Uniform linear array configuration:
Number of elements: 12
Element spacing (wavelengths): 0.75
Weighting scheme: binomial
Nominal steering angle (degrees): -30
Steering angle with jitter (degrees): -30.523
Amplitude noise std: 0.05
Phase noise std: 0.05

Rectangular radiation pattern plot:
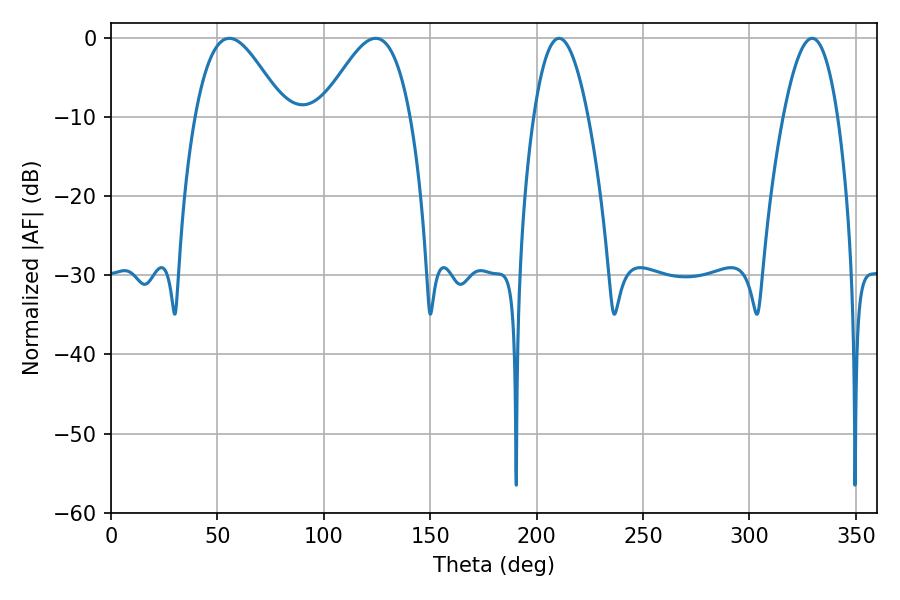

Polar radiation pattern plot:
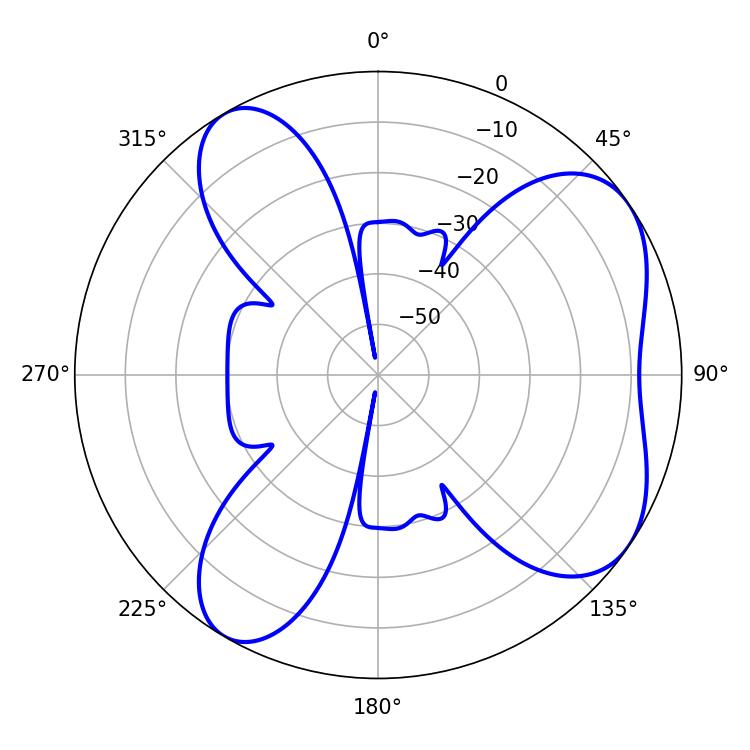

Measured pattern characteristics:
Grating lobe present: TRUE
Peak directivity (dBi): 6.141
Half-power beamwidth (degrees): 22.5
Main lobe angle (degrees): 55.62